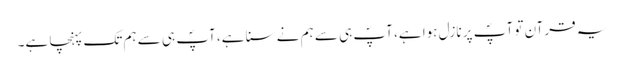
یہ قرآن تو آپؐ پر نازل ہوا ہے، آپؐ ہی سے ہم نے سنا ہے، آپؐ ہی سے ہم تک پہنچا ہے۔